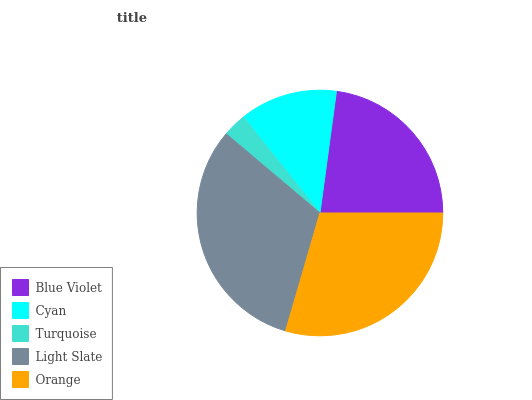
| Blue Violet | Cyan | Turquoise | Light Slate | Orange |
 | --- | --- | --- | --- | --- |
 | 22.9% | 12.8% | 3.12% | 31.7% | 29.4% |